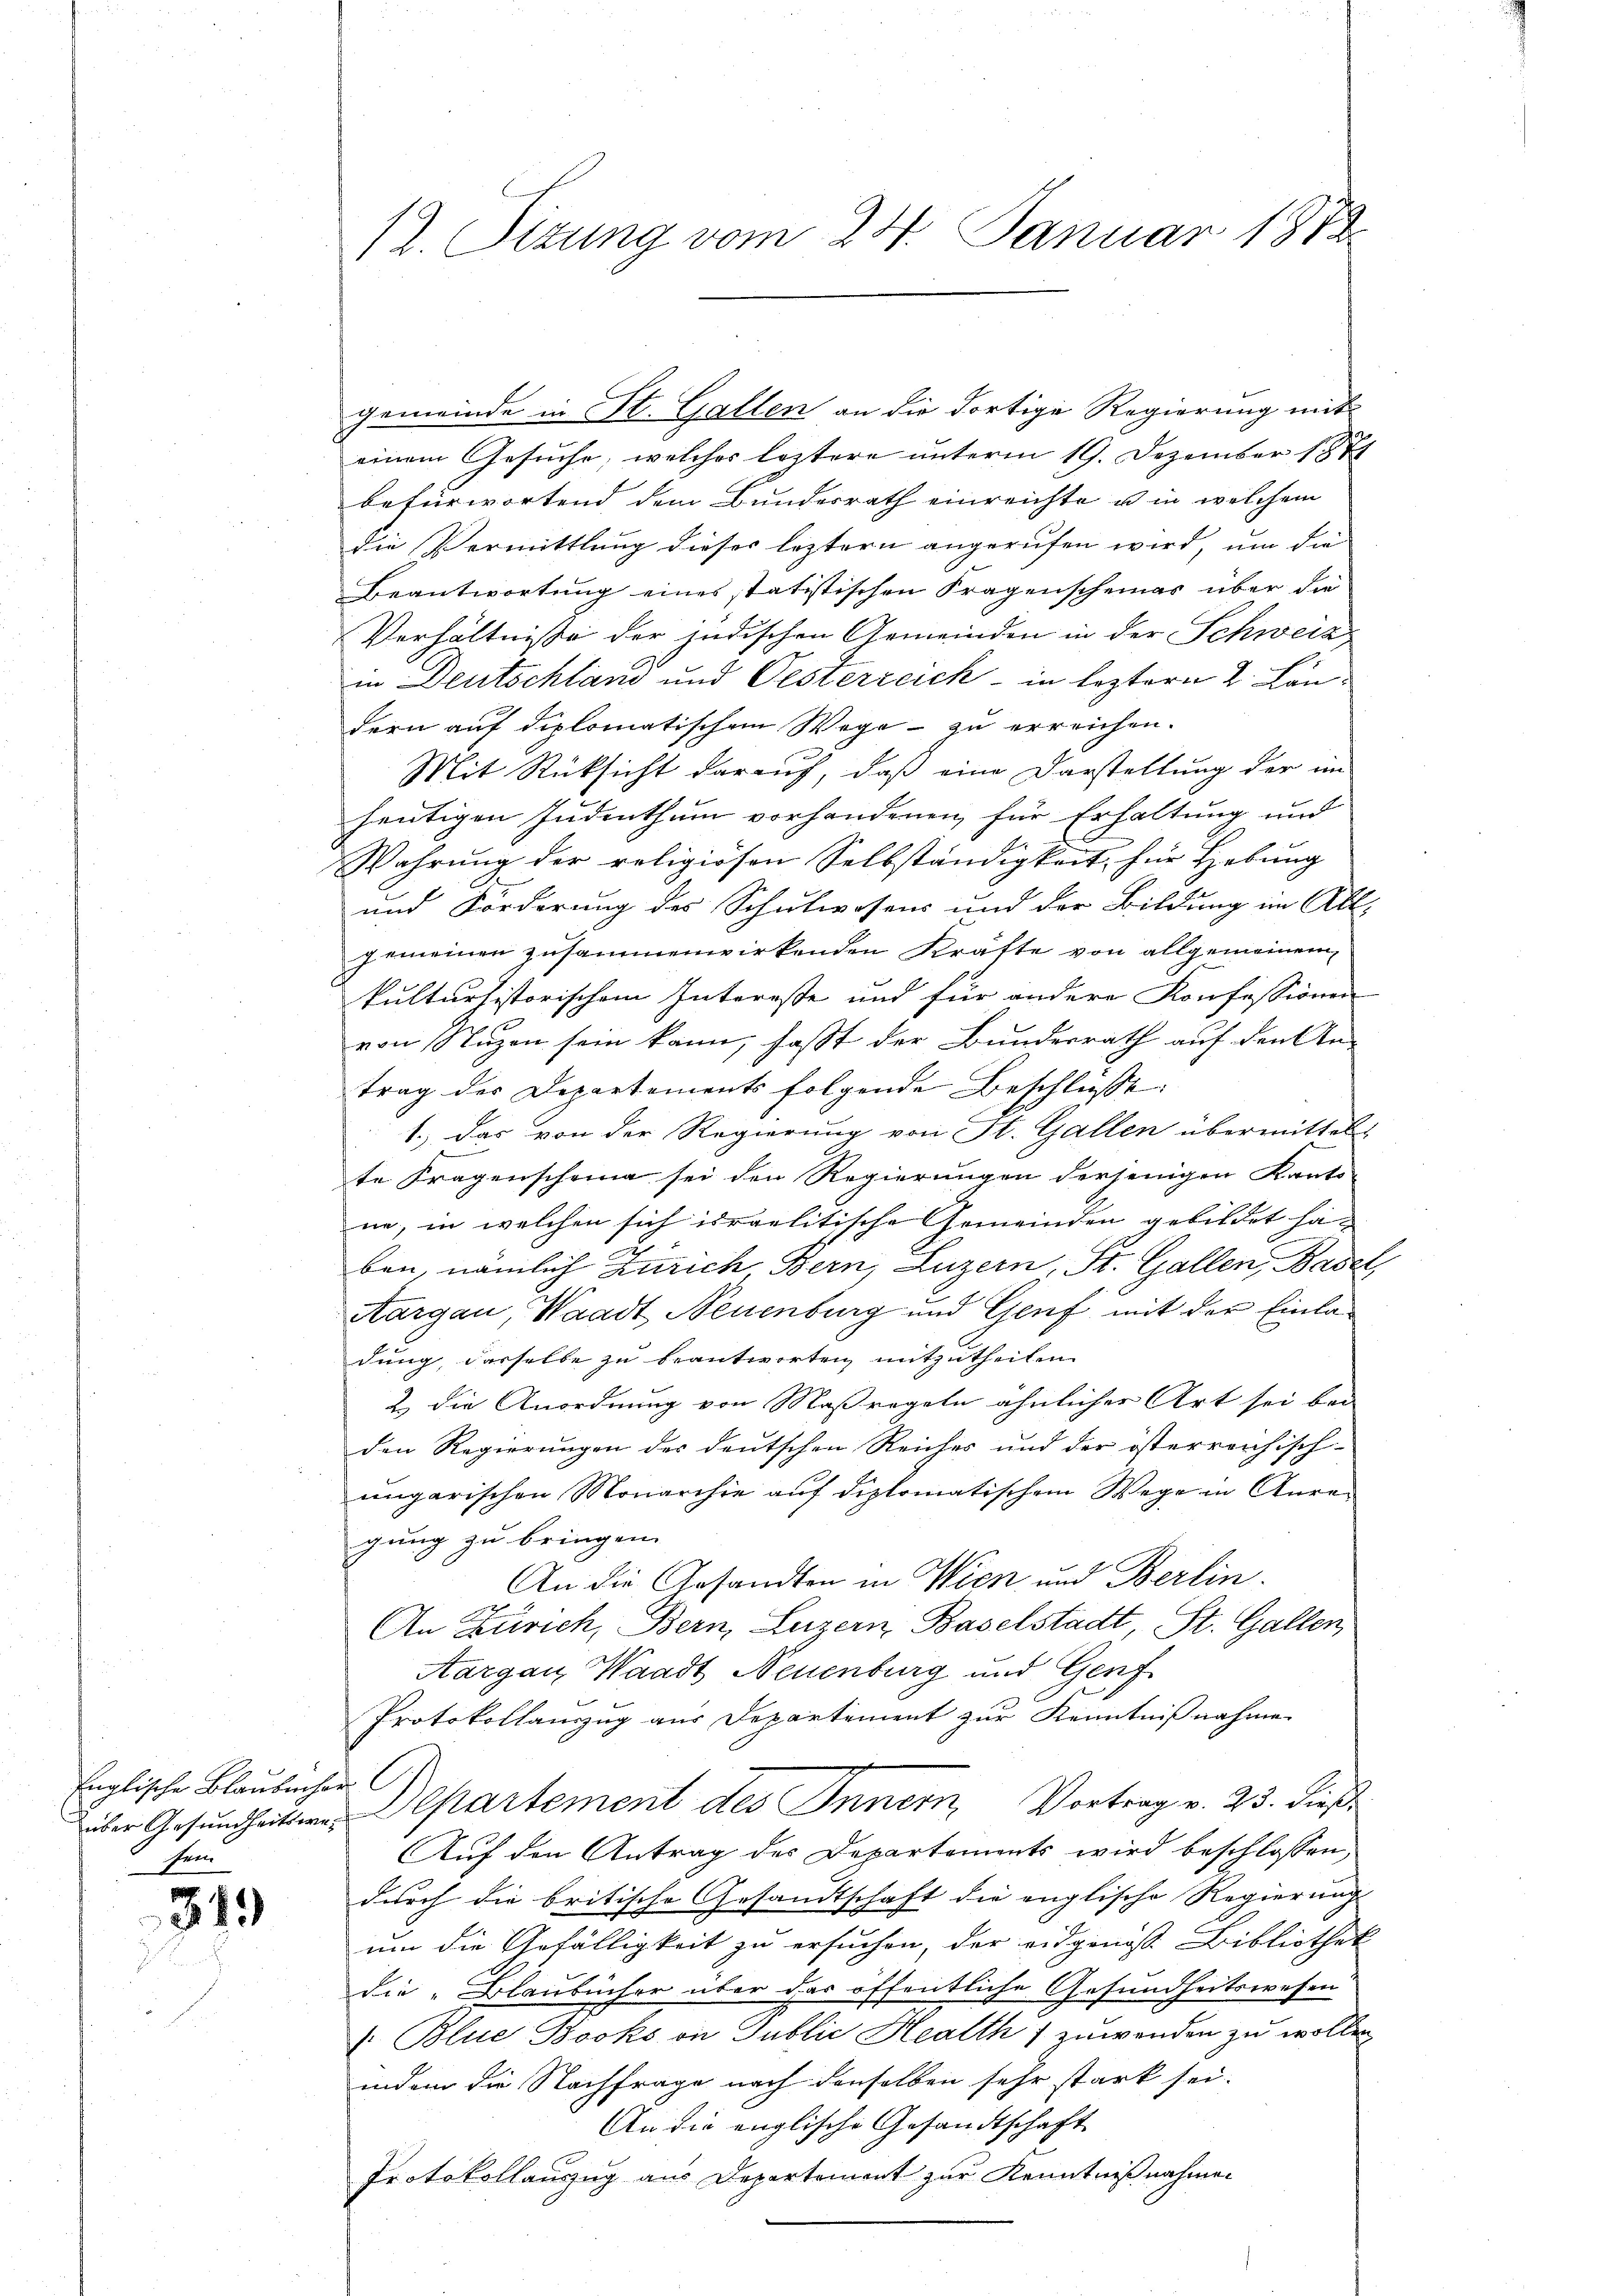
Englische Blaubenhor
sei

313

12. Situng vom 24. Januar 1873.

gemeinde in St. Gallen an die dortige Regierung mit
einem Gesuche, welches leztere unterm 19. Dezember 1874
befürwortend dem Bundesrath einreichte u in welchem
die Vermittlung dieser leztern angerufen wird, um die
Beantwortung eines statistischen Fragenscheines über die
Verhältnisse der jüdischen Gemeinden in der Schweiz
in Deutschland und Oesterreich - in leztern 2. Ländern auf diplomatischem Wege zu erreichen.
Mit Rücksicht darauf, daß eine Darstellung der im
heutigen Judenthum vorhandenen für Erhaltung und
Wahrung der religiösen Selbständigkeit, für Hebung
und Förderung des Schulwesens und der Bildung im All-
gemeinen zusammenwirkenden Kräfte von allgemeinem
kulturhistorischem Interesse und für andere Konfessionen
von Nuzen sein kann, fast der Bundesrath auf den An-
trag der Departements folgende Beschlüsse
1.) Das von der Regierung von St. Gallen übermittels
te Fragenscheine sei den Regierungen derjenigen Kanto
ne, in welchen sich israelitische Gemeinden gebildet haben, nämlich Zürich Bern, Luzern, St. Gallen, Basel,
Aargau, Waadt Neuenburg und Genf mit der Einladung, dasselbe zu beantworten mitzutheilen
2.) Die Anordnung von Maßregeln ähnlicher Art sei bei
den Regierungen des deutschen Reiches und der österreichisch-
ungarischen Monarchie auf diplomatischem Wege in Anra-
gung zu bringen.
An die Gesandten in Wien und Berlin.
An Zürich, Bern, Luzern Baselstadt, St. Gallen,
Aargau, Waadt Neuenburg und Genf
Protokollauszug aus Departement zur Kenntnißnahme
über Gesundheitere Departement des Innern, Vortrag v. 23. dieß¬
Auf den Antrag des Departements wird beschlossen,
durch die britische Gesandtschaft die englische Regierung
um die Gefälligkeit zu ersuchen, der eidgenosse Bibliothek
die „Blaubücher über das öffentliche Gesundheitswesen
/. Blue Bocks in Publico Health 7 zuwenden zu wollen
indem die Nachfrage nach denselben sehr stark sei.
An die englische Gesandtschaft
Protokollauszug aus Departement zur Kenntnißnahmen